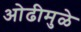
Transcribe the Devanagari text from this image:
ओढीमुळे